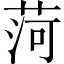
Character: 菏